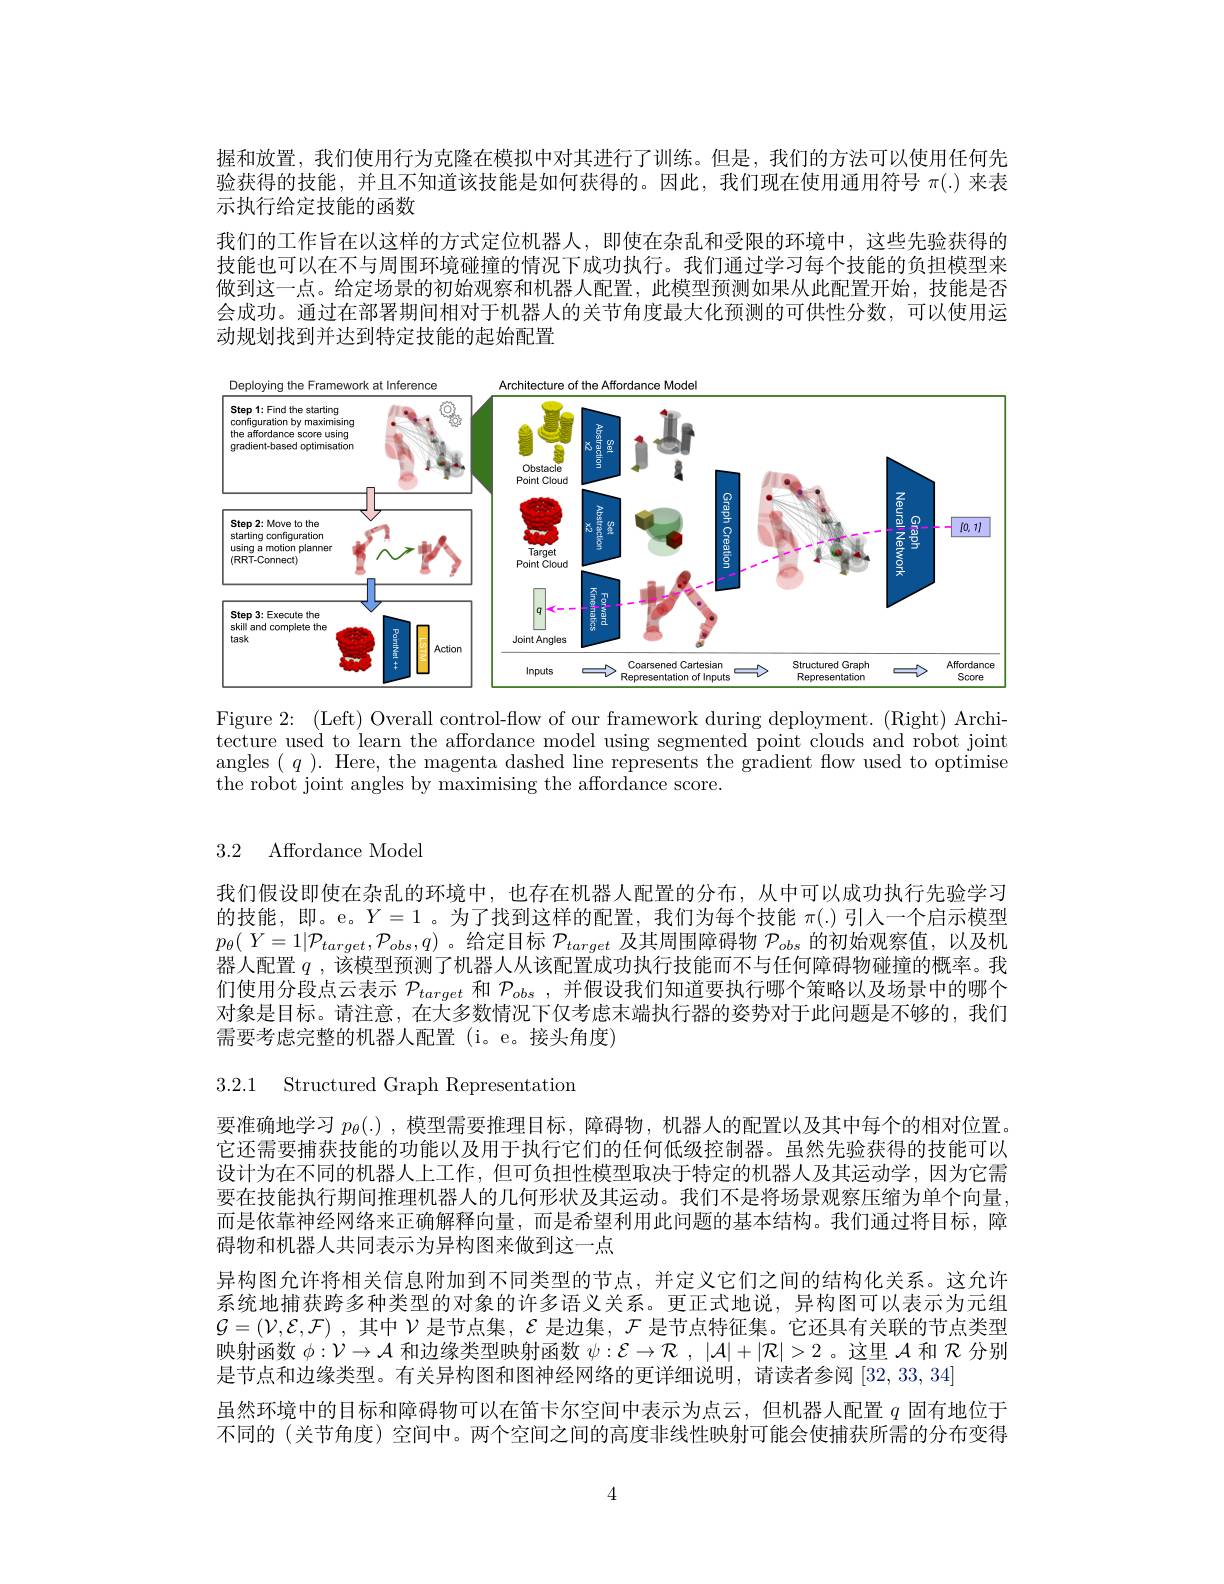
握和放置，我们使用行为克隆在模拟中对其进行了训练。但是，我们的方法可以使用任何先验获得的技能，并且不知道该技能是如何获得的。因此，我们现在使用通用符号$\pi(.)$来表示执行给定技能的函数
我们的工作旨在以这样的方式定位机器人，即使在杂乱和受限的环境中，这些先验获得的技能也可以在不与周围环境碰撞的情况下成功执行。我们通过学习每个技能的负担模型来做到这一点。给定场景的初始观察和机器人配置，此模型预测如果从此配置开始，技能是否会成功。通过在部署期间相对于机器人的关节角度最大化预测的可供性分数，可以使用运动规划找到并达到特定技能的起始配置

<FigureHere>

Figure 2: (Left) Overall control-flow of our framework during deployment. (Right) Architecture used to learn the affordance model using segmented point clouds and robot joint angles $(q).$ Here, the magenta dashed line represents the gradient flow used to optimise the robot joint angles by maximising the affordance score.

## 3.2 Affordance Model

我们假设即使在杂乱的环境中，也存在机器人配置的分布，从中可以成功执行先验学习的技能，即。e。$Y=1$ 。为了找到这样的配置，我们为每个技能$\pi(.)$引入一个启示模型$p_{\theta}(Y=1|\mathcal{P}_{target},\mathcal{P}_{obs},q)$ 。给定目标$\mathcal{P}_target$及其周围障碍物$\mathcal{P}_obs$的初始观察值，以及机器人配置$q$ ,该模型预测了机器人从该配置成功执行技能而不与任何障碍物碰撞的概率。我们使用分段点云表示$\mathcal{P}_{target}$和$\mathcal{P}_obs$,并假设我们知道要执行哪个策略以及场景中的哪个对象是目标。请注意，在大多数情况下仅考虑末端执行器的姿势对于此问题是不够的，我们需要考虑完整的机器人配置(i。e。接头角度)

3.2.1 Structured Graph Representation

要准确地学习$p_\theta(.)$ ,模型需要推理目标，障碍物，机器人的配置以及其中每个的相对位置。它还需要捕获技能的功能以及用于执行它们的任何低级控制器。虽然先验获得的技能可以设计为在不同的机器人上工作，但可负担性模型取决于特定的机器人及其运动学，因为它需要在技能执行期间推理机器人的几何形状及其运动。我们不是将场景观察压缩为单个向量， 而是依靠神经网络来正确解释向量，而是希望利用此问题的基本结构。我们通过将目标，障碍物和机器人共同表示为异构图来做到这一点
异构图允许将相关信息附加到不同类型的节点，并定义它们之间的结构化关系。这允许系统地捕获跨多种类型的对象的许多语义关系。更正式地说，异构图可以表示为元组$\mathcal{G} = ( \mathcal{V} , \mathcal{E} , \mathcal{F} )$ ,其中$\mathcal{V}$是节点集，$\mathcal{E}$是边集，$\mathcal{F}$是节点特征集。它还具有关联的节点类型映射函数$\phi:\mathcal{V}\to\mathcal{A}$和边缘类型映射函数$\psi:\mathcal{E}\to\mathcal{R}$ , $|\mathcal{A}|+|\mathcal{R}|>2$ 。这里$\mathcal{A}$和$\mathcal{R}$分别是节点和边缘类型。有关异构图和图神经网络的更详细说明，请读者参阅|32,33,34
虽然环境中的目标和障碍物可以在笛卡尔空间中表示为点云，但机器人配置$q$固有地位于不同的(关节角度)空间中。两个空间之间的高度非线性映射可能会使捕获所需的分布变得

4